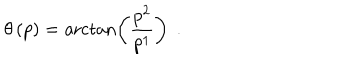
\theta \left( p \right) = \operatorname { a r c t a n } \left( \frac { p ^ { 2 } } { p ^ { 1 } } \right) \; \, .